Senior Leaving Certificate Examination (including Day School Certificate (Higher) General paper), 1947
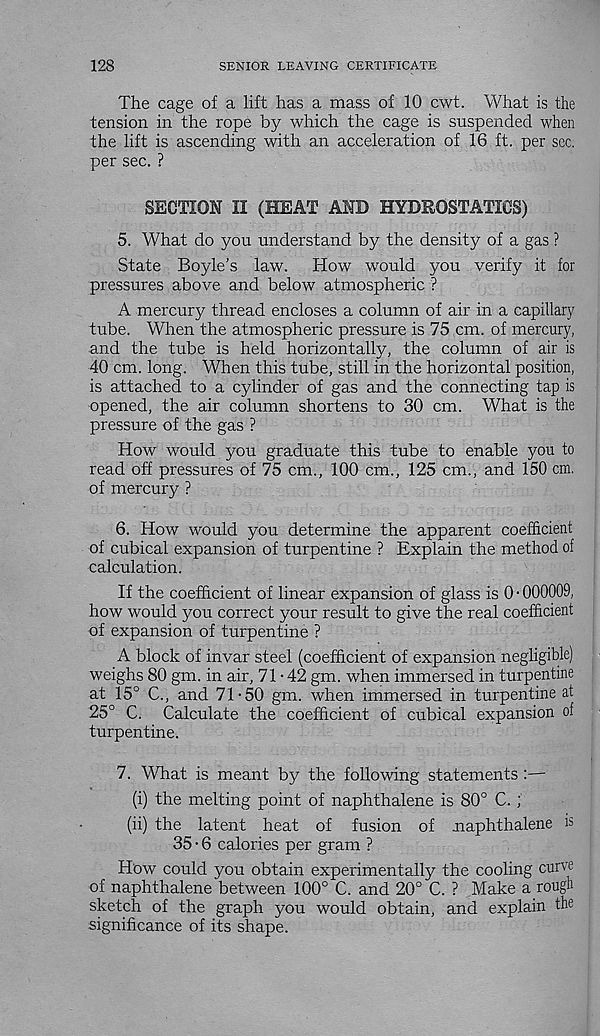
128
SENIOR LEAVING CERTIFICATE
The cage of a lift has a mass of 10 cwt. What is the
tension in the rope by which the cage is suspended when
the lift is ascending with an acceleration of 16 ft. per sec.
per sec. ?
SECTION II (HEAT AND HYDROSTATICS)
5. What do you understand by the density of a gas ?
State Boyle's law.
How would you verify it for
pressures above and below atmospheric ?
A mercury thread encloses a column of air in a capillary
tube. When the atmospheric pressure is 75 cm. of mercury,
and the tube is held horizontally, the column of air is
40 cm. long. When this tube, still in the horizontal position,
is attached to a cylinder of gas and the connecting tap is
opened, the air column shortens to 30 cm. What is the
pressure of the gas ?
How would you graduate this tube to enable you to
read off pressures of 75 cm., 100 cm., 125 cm., and 150 cm.
of mercury ?
6. How would you determine the apparent coefficient
of cubical expansion of turpentine ? Explain the method of
calculation.
If the coefficient of linear expansion of glass is 0 • 000009,
how would you correct your result to give the real coefficient
of expansion of turpentine ?
A block of invar steel (coefficient of expansion negligible)
weighs 80 gm. in air, 71-42 gm. when immersed in turpentine
at 15° C., and 71-50 gm. when immersed in turpentine at
25° C. Calculate the coefficient of cubical expansion of
turpentine.
7. What is meant by the following statements :—
(i) the melting point of naphthalene is 80° C. ;
(ii) the latent heat of fusion of naphthalene is
35 • 6 calories per gram ?
How could you obtain experimentally the cooling curve
of naphthalene between 100° C. and 20° C. ? Make a rough
sketch of the graph you would obtain, and explain the
significance of its shape.